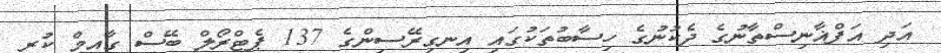
އަދި އަފްޣާނިސްތާނުގެ ދެކުނުގެ ހިސާބުތަކުގައި އިނގިރޭސިންގެ 137 ޕެޓްރޯލް ބޭސް ގާއިމް ކުރި